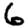
Digit: 6